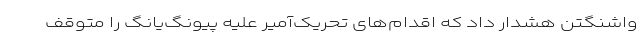
واشنگتن هشدار داد که اقدام‌های تحریک‌آمیر علیه پیونگ‌یانگ را متوقف